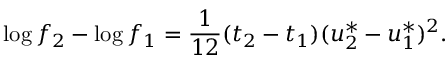
\log f _ { 2 } - \log f _ { 1 } = \frac { 1 } { 1 2 } ( t _ { 2 } - t _ { 1 } ) ( u _ { 2 } ^ { * } - u _ { 1 } ^ { * } ) ^ { 2 } .